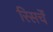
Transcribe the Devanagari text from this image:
रिसर्चे